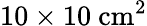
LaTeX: \mathrm{10\times 10~cm^{2}}